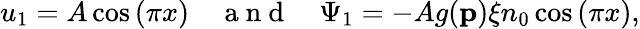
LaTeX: u_{1}=A\cos{(\pi x)}\quad\mathrm{~a~n~d~}\quad\Psi_{1}=-Ag(\mathbf{p}){\xi n_{0}}\cos{(\pi x)},